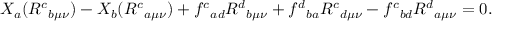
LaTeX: X _ { a } ( R ^ { c } { } _ { b \mu \nu } ) - X _ { b } ( R ^ { c } { } _ { a \mu \nu } ) + f ^ { c } { } _ { a d } R ^ { d } { } _ { b \mu \nu } + f ^ { d } { } _ { b a } R ^ { c } { } _ { d \mu \nu } - f ^ { c } { } _ { b d } R ^ { d } { } _ { a \mu \nu } = 0 .